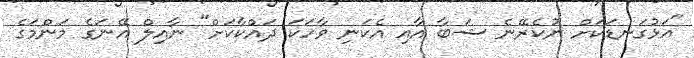
"އަޅުގަނޑަކަށް ނުކެރޭނެ ޝަބާ އާއި އެކަނި ވާހަކަ ދައްކާކަށް" ނާއިލް އޭނަގެ މަންމަގެ